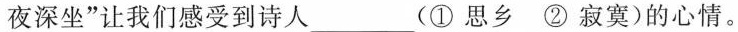
夜深坐”让我们感受到诗人___(①思乡②寂寞)的心情。